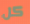
كل